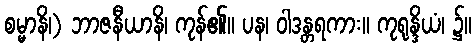
စမ္မာနိ၊) ဘာဇနီယာနိ၊ ကုန်၏။ ပန၊ ဝါဒန္တရကား။ ကုရုန္ဒိယံ၊ ၌။